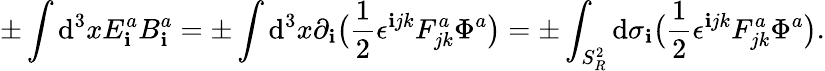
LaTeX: \pm\int\mathrm{d}^{3}xE_{\mathbf{i}}^{a}B_{\mathbf{i}}^{a}=\pm\int\mathrm{d}^{3}x\partial_{\mathbf{i}}\big({\frac{{1}}{{2}}}\epsilon^{\mathbf{i}jk}F_{jk}^{a}\Phi^{a}\big)=\pm\int_{S_{R}^{2}}\mathrm{d}\sigma_{\mathbf{i}}\big({\frac{{1}}{{2}}}\epsilon^{\mathbf{i}jk}F_{jk}^{a}\Phi^{a}\big).